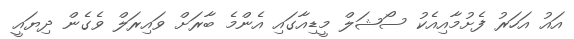
އައު އަހަރު ފެށުމާއިއެކު ސޯޝަލް މީޑިއާގައި އެންމެ ބާރަށް ވައިރަލް ވެގެން ދިޔައީ